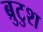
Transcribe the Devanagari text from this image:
ब्रुटुश